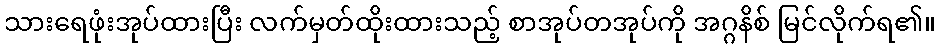
သားရေဖုံးအုပ်ထားပြီး လက်မှတ်ထိုးထားသည့် စာအုပ်တအုပ်ကို အဂ္ဂနိစ် မြင်လိုက်ရ၏။